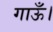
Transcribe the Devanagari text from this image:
गाऊँ।